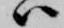
ハ